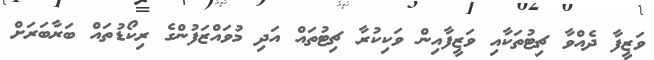
ވަޒީފާ ދެއްވާ ޗިޓުތަކާއި ވަޒީފާއިން ވަކިކުރާ ޗިޓުތައް އަދި މުވައްޒަފުންގެ ރިކޯޑުތައް ބަރާބަރަށް